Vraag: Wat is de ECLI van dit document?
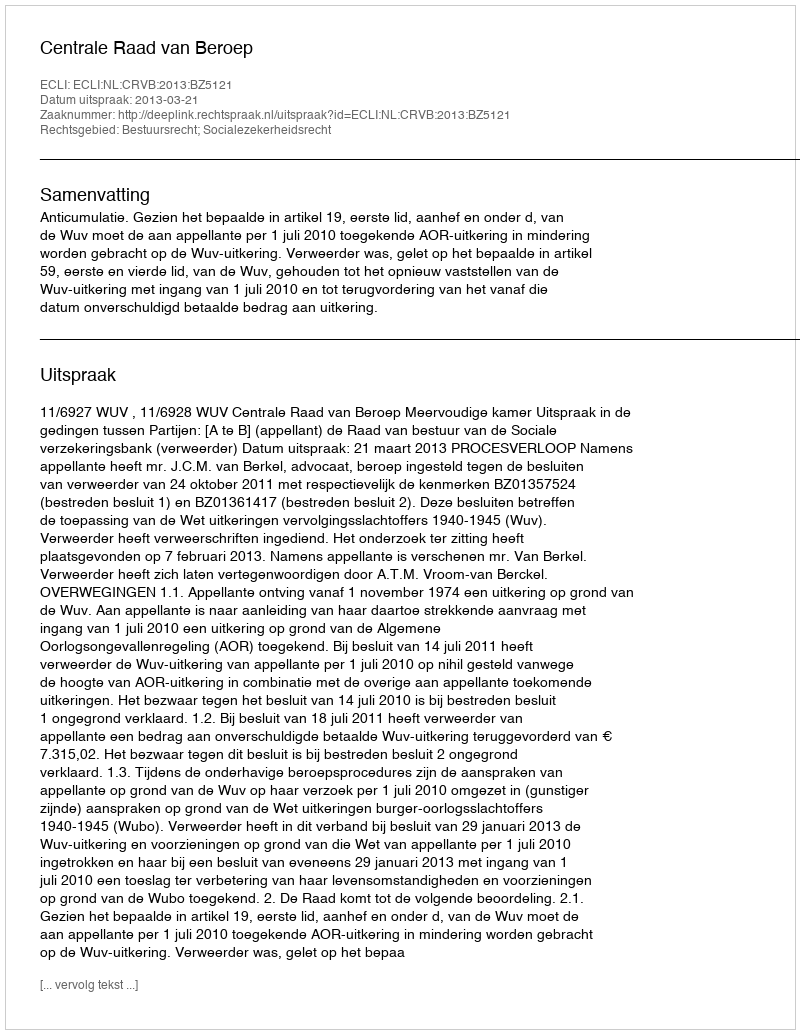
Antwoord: ECLI:NL:CRVB:2013:BZ5121